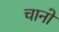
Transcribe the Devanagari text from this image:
चानो